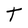
Character: t